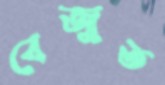
বেজুত